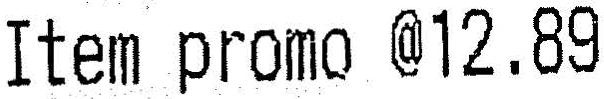
ITEM PROMO @12.89